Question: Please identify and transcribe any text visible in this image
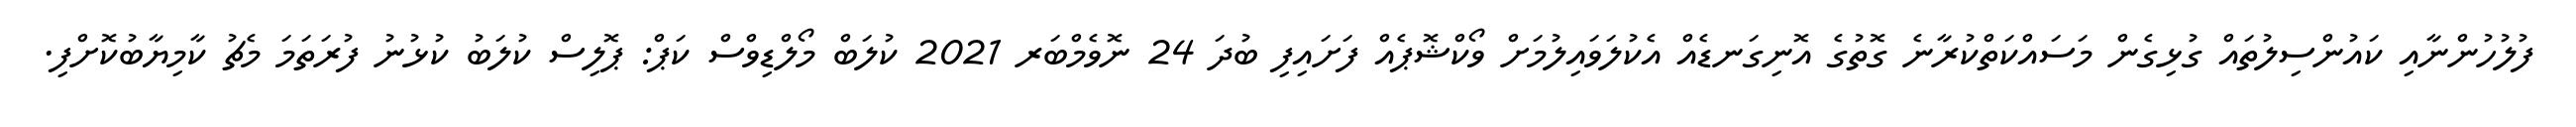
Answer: ފުލުހުންނާއި ކައުންސިލުތައް ގުޅިގެން މަސައްކަތްކުރާނެ ގޮތުގެ އޮނިގަނޑެއް އެކުލަވައިލުމަށް ވޯކްޝޮޕެއް ފަށައިފި ބުދަ 24 ނޮވެމްބަރ 2021 ކުލަބް މޯލްޑިވްސް ކަޕް: ޕޮލިސް ކުލަބު ކުޅުނު ފުރަތަމަ މެޗު ކާމިޔާބުކޮށްފި.